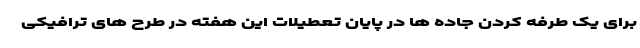
برای یک طرفه کردن جاده ها در پایان تعطیلات این هفته در طرح های ترافیکی